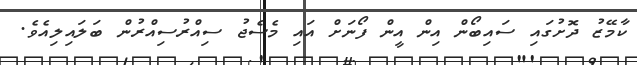
ކާމޭޒު ދޮށުގައި ސައިބޯން އިން އީން ފޯނަށް އައި މެސެޖު ސިއްރުސިއްރުން ބަލައިލިއެވެ.